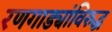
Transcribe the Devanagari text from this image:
रणगाड्यांविरुद्ध